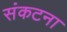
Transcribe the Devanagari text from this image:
संकटना